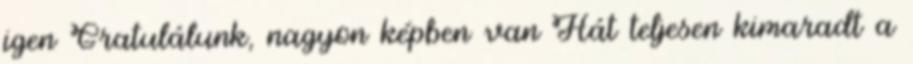
igen Gratulálunk, nagyon képben van Hát teljesen kimaradt a